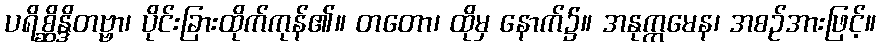
ပရိစ္ဆိန္ဒိတဗ္ဗာ၊ ပိုင်းခြားထိုက်ကုန်၏။ တတော၊ ထိုမှ နောက်၌။ အနုက္ကမေန၊ အစဉ်အားဖြင့်။